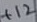
Text: +12